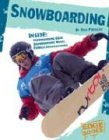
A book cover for Snowboarding (Edge Books, X-Sports); Eric Preszler; Sports & Outdoors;